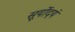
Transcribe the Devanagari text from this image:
सूर्योदयं